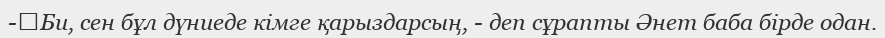
-	Би, сен бұл дүниеде кімге қарыздарсың, - деп сұрапты Әнет баба бірде одан.